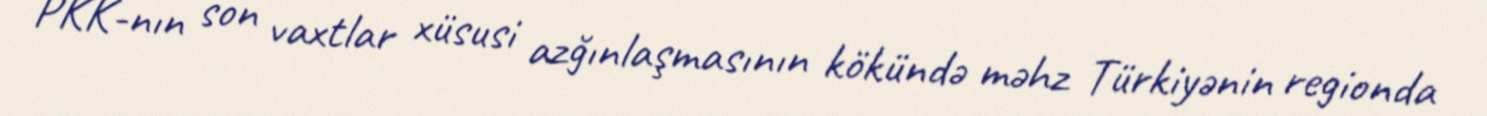
PKK-nın son vaxtlar xüsusi azğınlaşmasının kökündə məhz Türkiyənin regionda